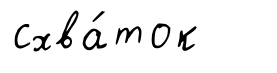
схва́ток